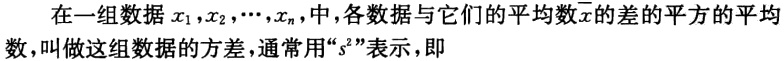
在一组数据\(x_{1},x_{2},\cdots,x_{n}\)中，各数据与它们的平均数\(\overline{x}\)的差的平方的平均数，叫做这组数据的方差，通常用“\(s^{2}\)”表示，即